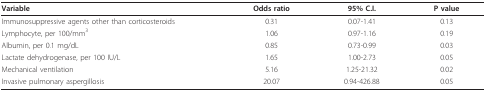
| Variable | Odds ratio | 95% C.I. | P value |
 | --- | --- | --- | --- |
 | Immunosuppressive agents other than corticosteroids | 0.31 | 0.07-1.41 | 0.13 |
 | Lymphocyte, per 100/mm3 | 1.06 | 0.97-1.16 | 0.19 |
 | Albumin, per 0.1 mg/dL | 0.85 | 0.73-0.99 | 0.03 |
 | Lactate dehydrogenase, per 100 IU/L | 1.65 | 1.00-2.73 | 0.05 |
 | Mechanical ventilation | 5.16 | 1.25-21.32 | 0.02 |
 | Invasive pulmonary aspergillosis | 20.07 | 0.94-426.88 | 0.05 |